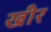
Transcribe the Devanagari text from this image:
खीर